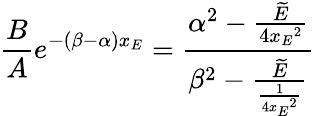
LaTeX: {{\frac{B}{A}}e^{-(\beta-\alpha)x_{E}}={\frac{{\alpha}^{2}-{\frac{\widetilde{E}}{4{x_{E}}^{2}}}}{{\beta}^{2}-{\frac{\widetilde{E}}{\frac{1}{4{x_{E}}^{2}}}}}}}